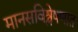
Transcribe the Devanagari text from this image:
मानसविश्लेषणात